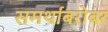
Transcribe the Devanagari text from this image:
समर्थांबरोबर